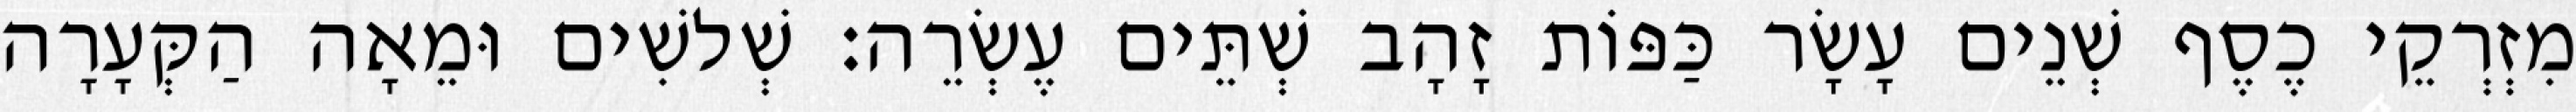
מִזְרְקֵי כֶסֶף שְׁנֵים עָשָׂר כַּפּוֹת זָהָב שְׁתֵּים עֶשְׂרֵה׃ שְׁלשִׁים וּמֵאָה הַקְּעָרָה